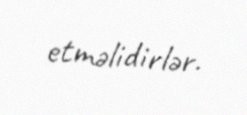
etməlidirlər.